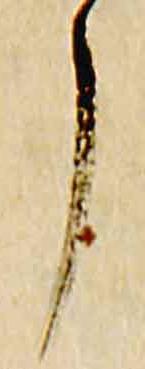
了